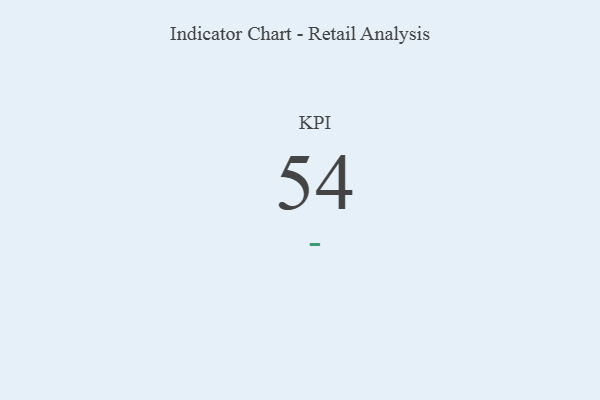
{"axis": {"x": "KPI", "y": "Value"}, "legend": [""], "data": [{"x": "KPI", "y": 54, "type": ""}]}